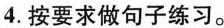
4.按要求做句子练习。